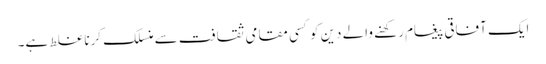
ایک آفاقی پیغام رکھنے والے دین کو کسی مقامی ثقافت سے منسلک کرنا غلط ہے۔